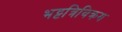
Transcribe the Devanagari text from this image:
भट्टत्रिविक्रम